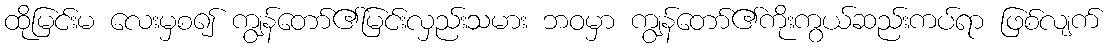
ထိုမြင်းမ လေးမှစ၍ ကျွန်တော်၏မြင်းလှည်းသမား ဘဝမှာ ကျွန်တော်၏ကိုးကွယ်ဆည်းကပ်ရာ ဖြစ်လျက်